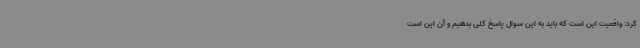
کرد: واقعیت این است که باید به این سوال پاسخ کلی بدهیم و آن این است